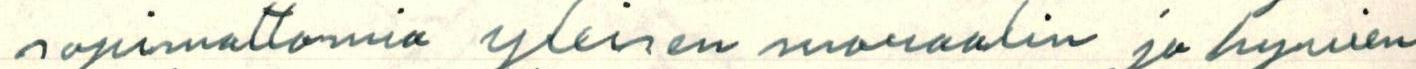
sopimattomia yleisen moraalin ja hyvien